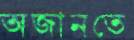
অজানতে